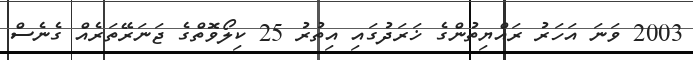
2003 ވަނަ އަހަރު ރައްޔިތުންގެ ޚަރަދުގައި އިތުރު 25 ކިލޯވޮތްގެ ޖަނަރޭތަރެއް ގެނެސް